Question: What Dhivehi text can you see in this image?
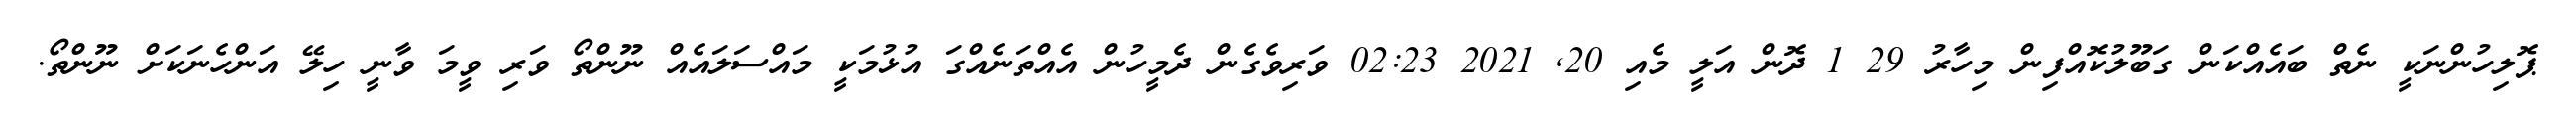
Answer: ޕޮލިހުންނަކީ ނެތް ބައެއްކަން ގަބޫލުކޮއްފިން މިހާރު 29 1 ދޮން އަލީ މެއި 20, 2021 02:23 ވަރިވެގެން ދެމީހުން އެއްތަނެއްގަ އުޅުމަކީ މައްސަލައެއް ނޫންތޯ ވަރި ވީމަ ވާނީ ހިލޭ އަންހެނަކަށް ނޫންތޯ.